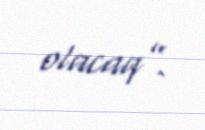
olacaq”.